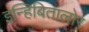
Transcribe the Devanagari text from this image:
इन्हिबितालोर